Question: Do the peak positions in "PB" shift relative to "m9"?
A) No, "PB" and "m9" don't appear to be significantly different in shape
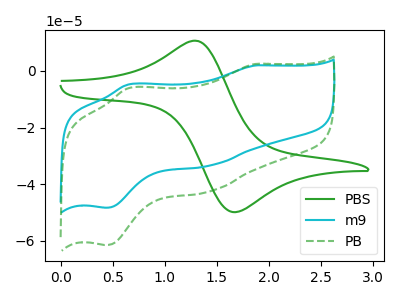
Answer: <think>The green curve "PBS" has an anodic peak at (1.30V, 10.55uA) and a cathodic peak at (1.65V, -49.90uA). The cyan curve "m9" has anodic peaks at (1.85V, 1.95uA) (0.65V, -4.75uA) and cathodic peaks at (1.45V, -33.45uA) (0.45V, -48.30uA). The green dashed curve "PB" has anodic peaks at (1.85V, 2.50uA) (0.65V, -6.05uA) and cathodic peaks at (1.45V, -42.55uA) (0.45V, -61.50uA).
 All the peaks in "PB" have a peak in "m9" at the same potential.</think>
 <answer>A) No, "PB" and "m9" don't appear to be significantly different in shape</answer>
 <eval>A</eval>